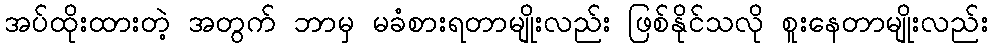
အပ်ထိုးထားတဲ့ အတွက် ဘာမှ မခံစားရတာမျိုးလည်း ဖြစ်နိုင်သလို စူးနေတာမျိုးလည်း